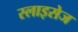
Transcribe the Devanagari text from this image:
स्लाइसेज